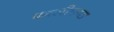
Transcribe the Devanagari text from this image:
कालीफास